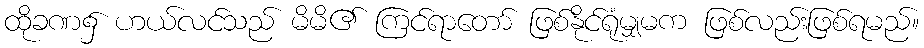
ထိုခဏ၌ ဟယ်လင်သည် မိမိ၏ ကြင်ရာတော် ဖြစ်နိုင်ရုံမျှမက ဖြစ်လည်းဖြစ်ရမည်။